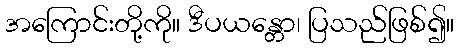
အကြောင်းတို့ကို။ ဒီပယန္တော၊ ပြသည်ဖြစ်၍။